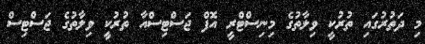
މި ދަތުރުގައި ތުރުކީ ވިލާތުގެ މިނިސްޓްރީ އޮފް ޖަސްޓިސްއާ ތުރުކީ ވިލާތުގެ ޖަސްޓިސް